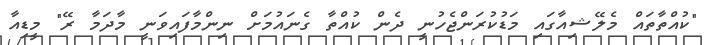
"ކުއްތާތައް މެލޭޝިއާގައި މަޑުކުރަންޖެހުނީ ދެން ކުއްތާ ގެނައުމަށް ނިންމާފައިވަނީ މާދަމާ ރޭ" މީޑިއާ